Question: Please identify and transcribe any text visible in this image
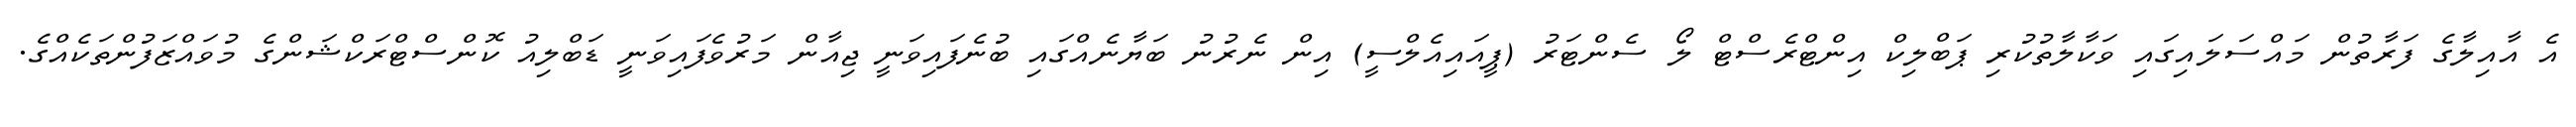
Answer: އެ އާއިލާގެ ފަރާތުން މައްސަލައިގައި ވަކާލާތުކުރި ޕަބްލިކް އިންޓްރެސްޓް ލޯ ސެންޓަރު (ޕީއައިއެލްސީ) އިން ނެރުނު ބަޔާނެއްގައި ބުނެފައިވަނީ ޖިއާން މަރުވެފައިވަނީ ޑަބްލިއު ކޮންސްޓްރަކްޝަންގެ މުވައްޒަފުންތަކެއްގެ.